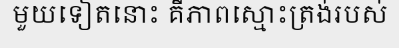
មួយទៀតនោះ គឺភាពស្មោះត្រង់របស់